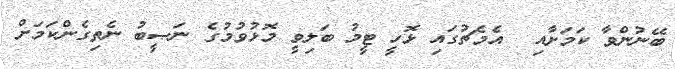
ބޭނުންވާ ކަމަށާއި  އެމެޗުގައި ޅޮހީ ޓީމު ބަލިވީ މޮޅުވުމުގެ ނަޞީބު ނެތިގެންކަމަށް